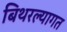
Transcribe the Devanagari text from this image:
बिथरल्यागत